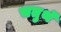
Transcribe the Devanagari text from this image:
चतुथॅ